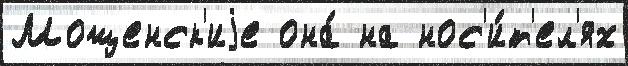
Мощенск'иjе она́ на нос'и́т'ел'ях